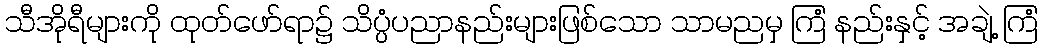
သီအိုရီများကို ထုတ်ဖော်ရာ၌ သိပ္ပံပညာနည်းများဖြစ်သော သာမညမှ ကြံ နည်းနှင့် အချဲ့ ကြံ